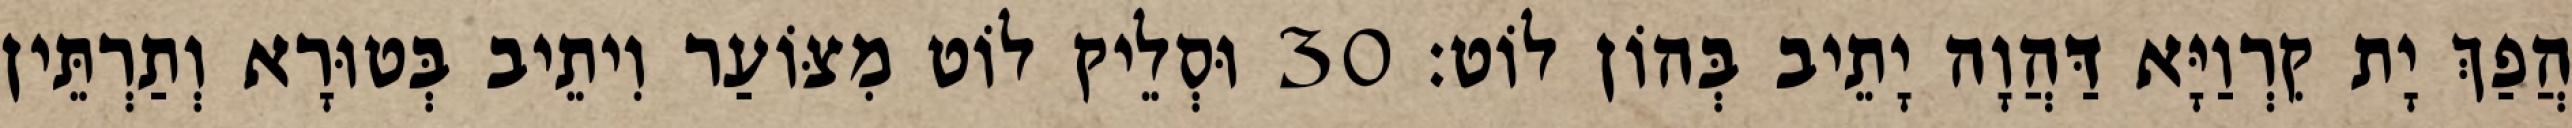
הֲפַךְ יָת קִרְוַיָּא דַּהֲוָה יָתֵיב בְּהוֹן לוֹט׃ 30 וּסְלֵיק לוֹט מִצּוֹעַר וִיתֵיב בְּטוּרָא וְתַרְתֵּין